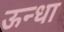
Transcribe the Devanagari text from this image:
ऊन्धा